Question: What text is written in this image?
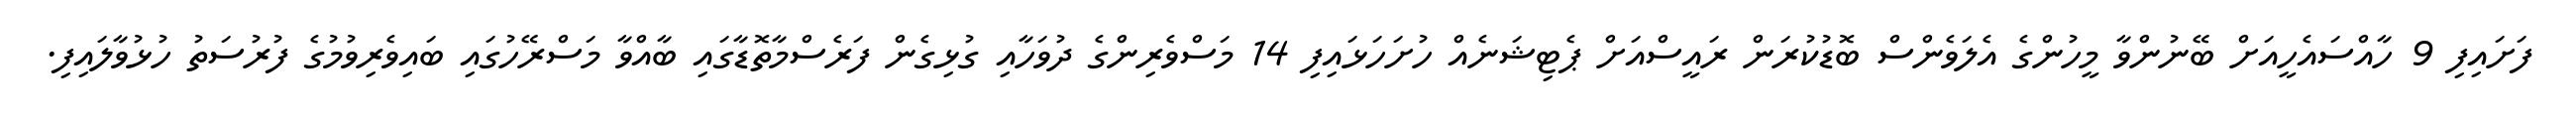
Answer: ފަށައިފި 9 ހާއްސައެހީއަށް ބޭނުންވާ މީހުންގެ އެލަވެންސް ބޮޑުކުރަން ރައީސްއަށް ޕެޓިޝަނެއް ހުށަހަޅައިފި 14 މަސްވެރިންގެ ދުވަހާއި ގުޅިގެން ފަރެސްމާތޮޑާގައި ބާއްވާ މަސްރޭހުގައި ބައިވެރިވުމުގެ ފުރުސަތު ހުޅުވާލައިފި.